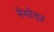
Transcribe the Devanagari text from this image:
मेमोयर